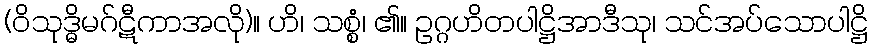
(ဝိသုဒ္ဓိမဂ်ဋီကာအလို)။ ဟိ၊ သစ္စံ၊ ၏။ ဥဂ္ဂဟိတပါဋ္ဌိအာဒီသု၊ သင်အပ်သောပါဋ္ဌိ